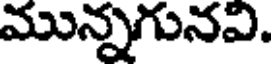
మున్నగునవి.